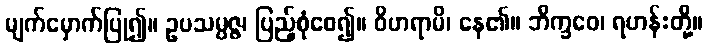
မျက်မှောက်ပြု၍။ ဥပသမ္ပဇ္ဇ၊ ပြည့်စုံစေ၍။ ဝိဟရာမိ၊ နေ၏။ ဘိက္ခဝေ၊ ရဟန်းတို့။